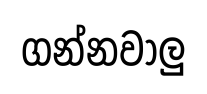
ගන්නවාලු